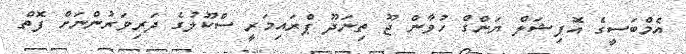
އެމްބަސީގެ އޮފިޝަލް ޔަންގް ހުވާން ޖޫ ތިނަދޫ ޕްރައިމަރީ ސްކޫލުގެ ދަރިވަރުންނަށް ފޮތް